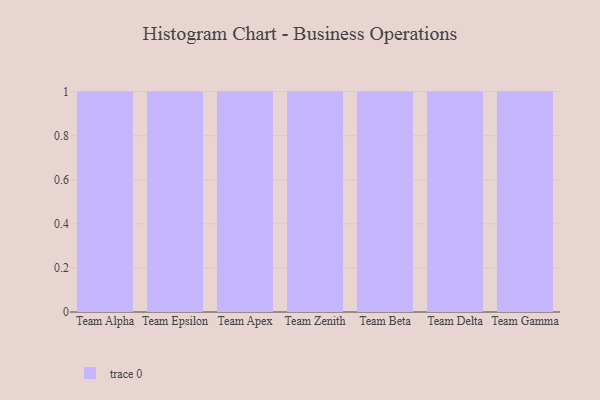
{"axis": {"x": "Team", "y": "Conversion Rate (%)"}, "legend": [""], "data": [{"x": "Team Alpha", "y": 61, "type": ""}, {"x": "Team Epsilon", "y": 72, "type": ""}, {"x": "Team Apex", "y": 98, "type": ""}, {"x": "Team Zenith", "y": 7, "type": ""}, {"x": "Team Beta", "y": 28, "type": ""}, {"x": "Team Delta", "y": 91, "type": ""}, {"x": "Team Gamma", "y": 19, "type": ""}]}